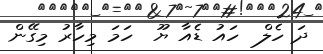
ދަ ހެލް  ހައު ޑެއާ ޔޫ  ހަމަ މިހާރު މިގޭން